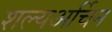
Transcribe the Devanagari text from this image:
शल्यअर्चिन